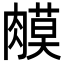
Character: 𦟦